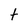
Character: t